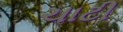
ચાટી